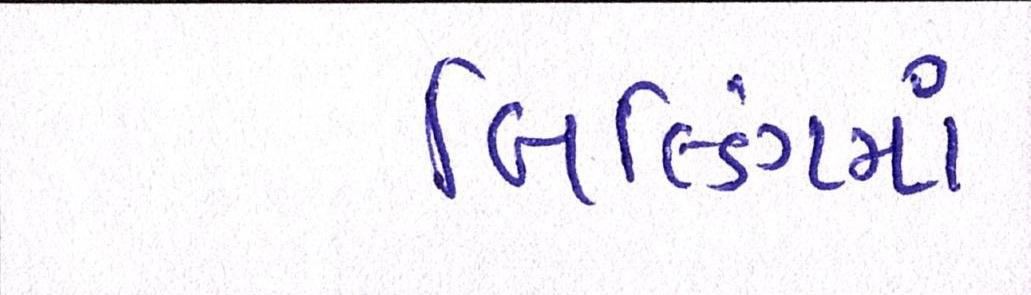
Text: બિલ્ડિંગમાં